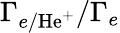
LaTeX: \Gamma_{e/\mathrm{He^{+}}}/\Gamma_{e}